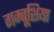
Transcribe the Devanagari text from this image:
गम्बूशिया